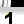
Digit: 1